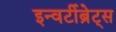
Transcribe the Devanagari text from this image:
इन्वर्टीब्रेट्स